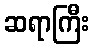
ဆရာကြီး